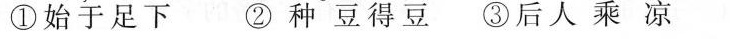
①始于足下 ②种 豆得豆 ③后人 乘 凉